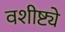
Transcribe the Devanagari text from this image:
वशीष्ट्ये